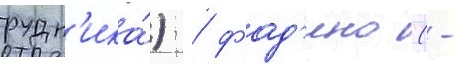
рудн'ика́) / фад'ино (-